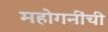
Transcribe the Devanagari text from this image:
महोगनींची